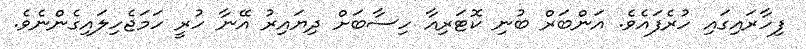
ފިހާރައިގައި ހުރެފައެވެ. އަންބަރް ބުނި ކޮޓަރިއާ ހިސާބަށް ދިޔައިރު އޭނާ ހުރީ ހަމަޖެހިލައިގެންނެވެ.